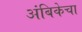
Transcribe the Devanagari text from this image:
अंबिकेचा